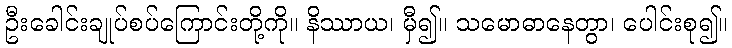
ဦးခေါင်းချုပ်စပ်ကြောင်းတို့ကို။ နိဿာယ၊ မှီ၍။ သမောဓာနေတွာ၊ ပေါင်းစု၍။